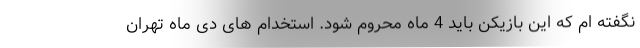
نگفته ام که این بازیکن باید 4 ماه محروم شود. استخدام های دی ماه تهران